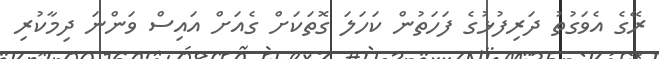
ރޭގެ އެވަގުތު ދަރިފުޅުގެ ފަހަތުން ކަހަލަ ގޮތަކަށް ގެއަށް އައިސް ވަންނަ ދިމާކުރި